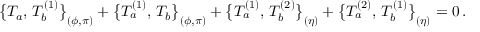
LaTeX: \bigl \{ T _ { a } , \, T _ { b } ^ { ( 1 ) } \bigr \} _ { ( \phi , \pi ) } + \bigl \{ T _ { a } ^ { ( 1 ) } , \, T _ { b } \bigr \} _ { ( \phi , \pi ) } + \bigl \{ T _ { a } ^ { ( 1 ) } , \, T _ { b } ^ { ( 2 ) } \bigr \} _ { ( \eta ) } + \bigl \{ T _ { a } ^ { ( 2 ) } , \, T _ { b } ^ { ( 1 ) } \bigr \} _ { ( \eta ) } = 0 \, .